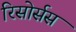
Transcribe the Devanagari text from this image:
रिसोर्सस